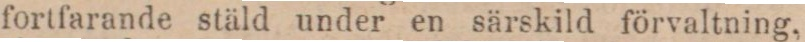
fortfarande stäld under en särskild förvaltning,